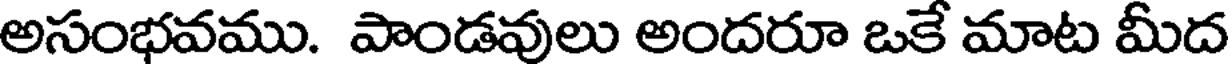
అసంభవము. పాండవులు అందరూ ఒకే మాట మీద